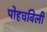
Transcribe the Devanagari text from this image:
पोहचविली